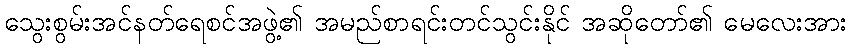
သွေးစွမ်းအင်နတ်ရေစင်အဖွဲ့၏ အမည်စာရင်းတင်သွင်းနိုင် အဆိုတော်၏ မေလေးအား